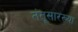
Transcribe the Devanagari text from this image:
तंतूसारख्या